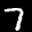
Label: 7